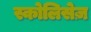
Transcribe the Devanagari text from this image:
स्कोलिसेज़